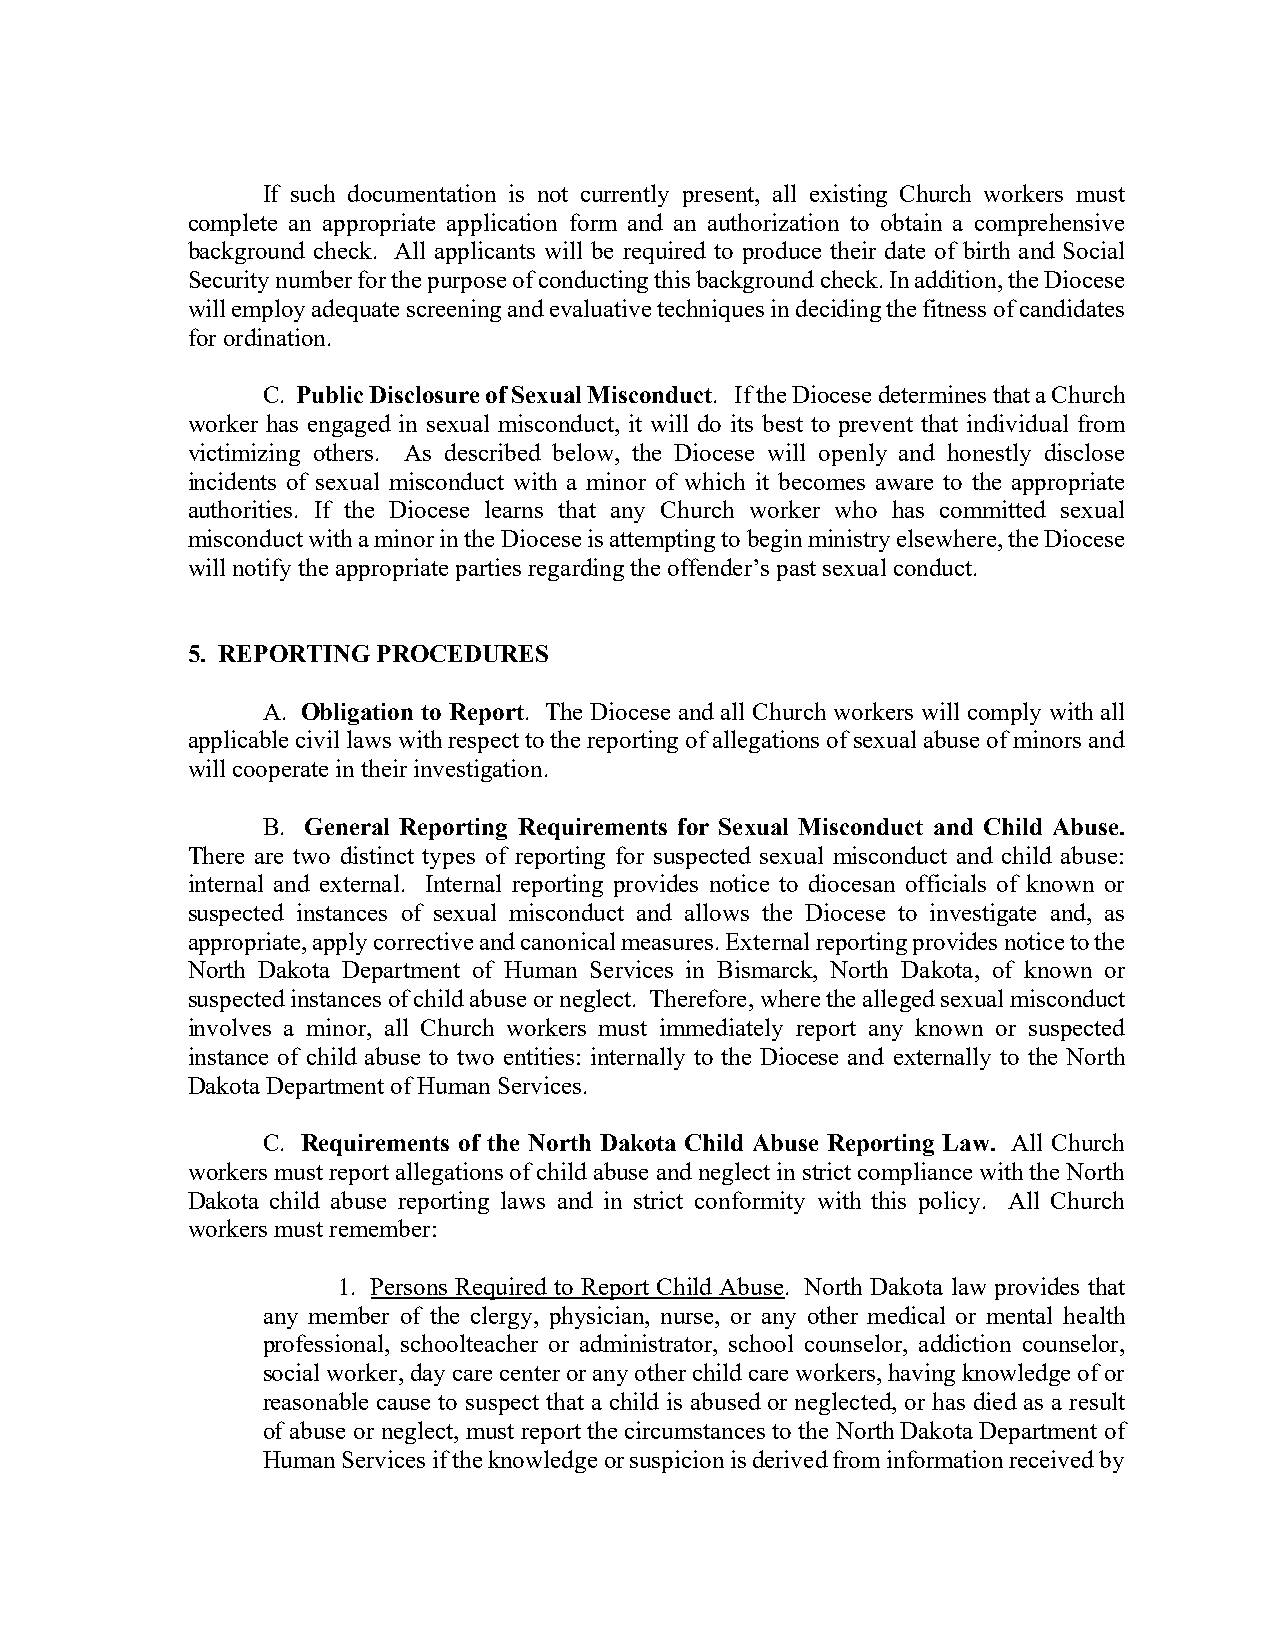
If such documentation is not currently present, all existing Church workers must
 complete an appropriate application form and an authorization to obtain a comprehensive
 background check. All applicants will be required to produce their date of birth and Social
 Security number for the purpose of conducting this background check. In addition, the Diocese
 will employ adequate screening and evaluative techniques in deciding the fitness of candidates
 for ordination.
 C. Public Disclosure of Sexual Misconduct. If the Diocese determines that a Church
 worker has engaged in sexual misconduct, it will do its best to prevent that individual from
 victimizing others. As described below, the Diocese will openly and honestly disclose
 incidents of sexual misconduct with a minor of which it becomes aware to the appropriate
 authorities. If the Diocese learns that any Church worker who has committed sexual
 misconduct with a minor in the Diocese is attempting to begin ministry elsewhere, the Diocese
 will notify the appropriate parties regarding the offender’s past sexual conduct.
 5. REPORTING PROCEDURES
 A. Obligation to Report. The Diocese and all Church workers will comply with all
 applicable civil laws with respect to the reporting of allegations of sexual abuse of minors and
 will cooperate in their investigation.
 B. General Reporting Requirements for Sexual Misconduct and Child Abuse.
 There are two distinct types of reporting for suspected sexual misconduct and child abuse:
 internal and external. Internal reporting provides notice to diocesan officials of known or
 suspected instances of sexual misconduct and allows the Diocese to investigate and, as
 appropriate, apply corrective and canonical measures. External reporting provides notice to the
 North Dakota Department of Human Services in Bismarck, North Dakota, of known or
 suspected instances of child abuse or neglect. Therefore, where the alleged sexual misconduct
 involves a minor, all Church workers must immediately report any known or suspected
 instance of child abuse to two entities: internally to the Diocese and externally to the North
 Dakota Department of Human Services.
 C. Requirements of the North Dakota Child Abuse Reporting Law. All Church
 workers must report allegations of child abuse and neglect in strict compliance with the North
 Dakota child abuse reporting laws and in strict conformity with this policy. All Church
 workers must remember:
 1. Persons Required to Report Child Abuse. North Dakota law provides that
 any member of the clergy, physician, nurse, or any other medical or mental health
 professional, schoolteacher or administrator, school counselor, addiction counselor,
 social worker, day care center or any other child care workers, having knowledge of or
 reasonable cause to suspect that a child is abused or neglected, or has died as a result
 of abuse or neglect, must report the circumstances to the North Dakota Department of
 Human Services if the knowledge or suspicion is derived from information received by